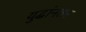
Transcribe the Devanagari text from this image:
युद्धांनतर